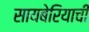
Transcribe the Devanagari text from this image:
सायबेरियाची